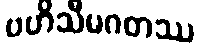
ဗဟိသီမဂတဿ